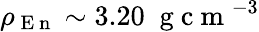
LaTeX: \rho_{\mathrm{~E~n~}}\sim 3.20\; \mathrm{~g~c~m~}^{-3}